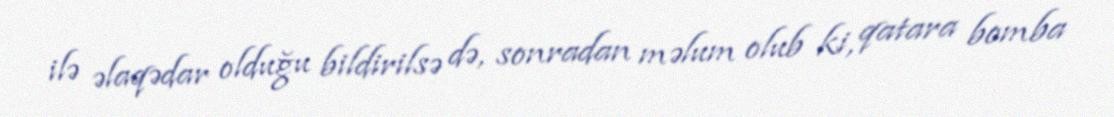
ilə əlaqədar olduğu bildirilsə də, sonradan məlum olub ki, qatara bomba